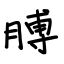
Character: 膊